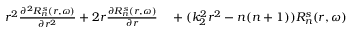
\begin{array} { r l } { r ^ { 2 } \frac { \partial ^ { 2 } R _ { n } ^ { s } ( r , \omega ) } { \partial r ^ { 2 } } + 2 r \frac { \partial R _ { n } ^ { s } ( r , \omega ) } { \partial r } } & { { } + ( k _ { 2 } ^ { 2 } r ^ { 2 } - n ( n + 1 ) ) R _ { n } ^ { s } ( r , \omega ) } \end{array}